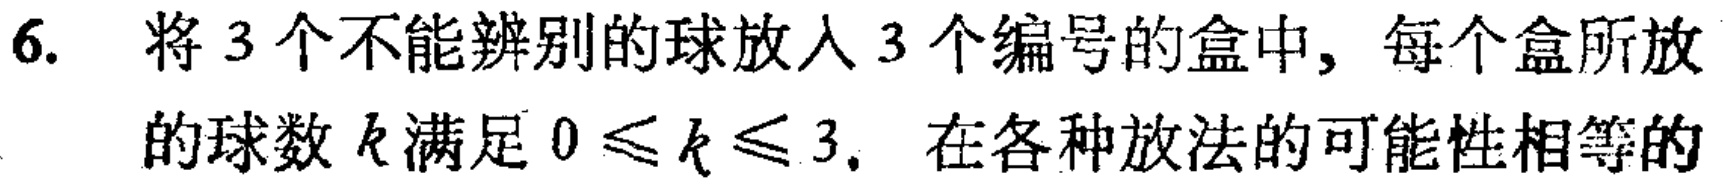
6. 将3个不能辨别的球放入3个编号的盒中, 每个盒所放的球数\(k\)满足\(0\leqslant k\leqslant 3\). 在各种放法的可能性相等的